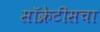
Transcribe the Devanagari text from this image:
सॉक्रेटीसचा